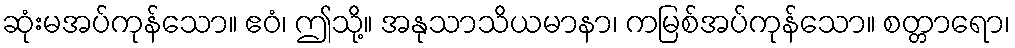
ဆုံးမအပ်ကုန်သော။ ဧဝံ၊ ဤသို့။ အနုသာသိယမာနာ၊ ကမြစ်အပ်ကုန်သော။ စတ္တာရော၊